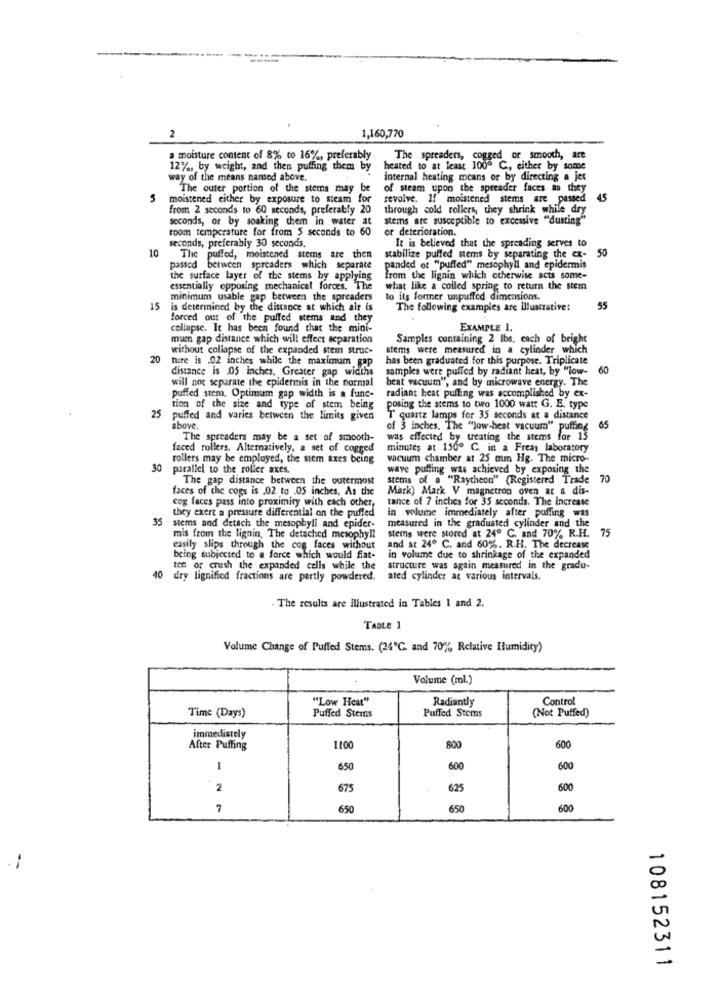
-
1,160,770
2
amoisture content of 8% to 16%, preferably
The spreaders, cogged or smooth, are
12%, by weight, and then puffing them by
heated to at least 100º C ., either by some
way of the means named above.
internal heating means of by directing a jet
The outer portion of the sterns may be
of steam upon the spreader faces as they
moistened either by exposure to steam for
revolve. If moistened stems are passed 45
from 2 seconds to 60 seconds, preferably 20
through cold rollers, they shrink while dry
seconds, or by soaking them in water at
stems are susceptible to excessive "dusting"
room temperature for from 5 seconds to 60
or deterioration.
seconds, preferably 30 seconds.
10
It is believed that the spreading serves to
The puffed, meistened sterns are then
stabilize puffed stems by separating the ex-
50
passed between spreaders which separate
panded of "puffed" mesophyll and epidermis
the surface layer of the stems by applying
from the lignin which otherwise acts some-
essentially opposing mechanical forces. The
what like a coiled spring to return the stem
minimum usable gap between the spreaders
to its former unpuffed dimensions.
15
is determined by the distance at which air is
The following examples are illustrative:
55
forced out of the puffed stems and they
collapse. It has been found that the mini-
EXAMPLE 1.
mum gap distance which will effect separation
Samples containing 2 lbs. each of bright
without collapse of the expanded stem struc-
stems were measured in a cylinder which
20
tuire is .02 inches while the maximum gap
has been graduated for this purpose. Triplicate
distance is 05 inches, Greater gap widths
samples were puffed by radiant heat, by "low-
60
will not separate the epidermis in the normal
heat vacuum", and by microwave energy. The
puffed stem, Optimum gap width is a fune-
radiant hest puffing was accomplished by ex-
tion of the size and type of stem being
posing the stems to two 1000 watt G. E. type
25
puffed and varies between the limits given
T quartz lamps for 35 seconds at a distance
above.
of 3 inches. The "low-heat vacuum" puffing
65
The spreaders may be a set of smooth-
was effected by treating the stems for 13
faced rollers. Alternatively, a set of cogged
minutes at 150º C. in a Freas laboratory
rollers may be employed, the stem axes being
vacuum chamber at 25 mm Hg. The micro-
30 parallel to the roller axes.
wave puffing was achieved by exposing the
The gap distance between the outermost
stems of a "Raytheon" (Registered Trade 70
faces of the cogs is .02 to .OS inches, As the
Mark) Mark V magnetron oven at a dis-
tance of 7 inches for 35 seconds. The increase
they exert a pressure differential on the puffed
cog faces pass into proximity with each other.
in volume immediately after puffing was
35
measured in the graduated cylinder and the
stems and detach the mesophyll and epider-
mis from the lignin, The detached mesophyll
stems were stored at 24º C. and 70% R.H. 75
easily slips through the cog faces without
and at 24º C. and 60%. R.H. The decrease
being subjected to a force which would fiat-
in volume due to shrinkage of the expanded
40
ten or crush the expanded cells while the
structure was again measured in the gradu-
dry lignified fractions are partly powdered. ated cylinder at various intervals.
. The results are illustrated in Tables I and 2.
TABLE 1
Volume Change of Puffed Stems. (24℃. and 70%, Relative Humidity)
Volume (ml.)
"Low Heat"
Radiantly
Control
Puffed Stems
Puffed Stems
Time (Days)
(Not Puffed)
immediately
After Puffing
110
800
600
1
650
600
600
2
675
625
600
7
650
650
600
108152311